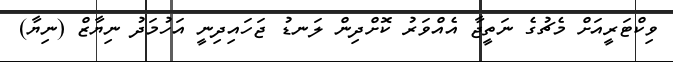
ވިކްޓަރީއަށް މެޗުގެ ނަތީޖާ އެއްވަރު ކޮށްދިން ލަނޑު ޖަހައިދިނީ އަހުމަދު ނިޔާޒް (ނިޔާ)